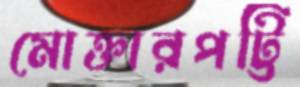
মোক্তারপট্টি